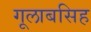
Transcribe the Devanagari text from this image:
गूलाबसिह